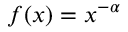
f ( x ) = x ^ { - \alpha }